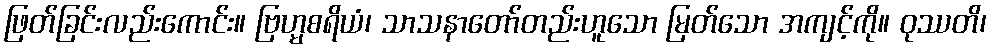
ဖြတ်ခြင်းလည်းကောင်း။ ဗြဟ္မစရိယံ၊ သာသနာတော်တည်းဟူသော မြတ်သော အကျင့်ကို။ ဝုဿတိ၊